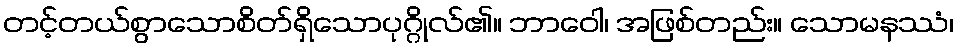
တင့်တယ်စွာသောစိတ်ရှိသောပုဂ္ဂိုလ်၏။ ဘာဝေါ၊ အဖြစ်တည်း။ သောမနဿံ၊